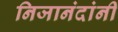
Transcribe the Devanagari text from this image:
निजानंदांनी